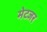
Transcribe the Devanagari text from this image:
मेटजर